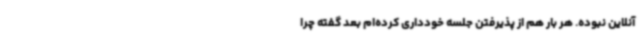
آنلاین نبوده. هر بار هم از پذیرفتن جلسه خودداری کرده‌ام بعد گفته چرا